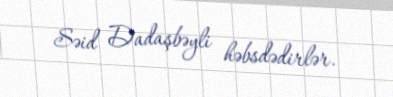
Səid Dadaşbəyli həbsdədirlər.